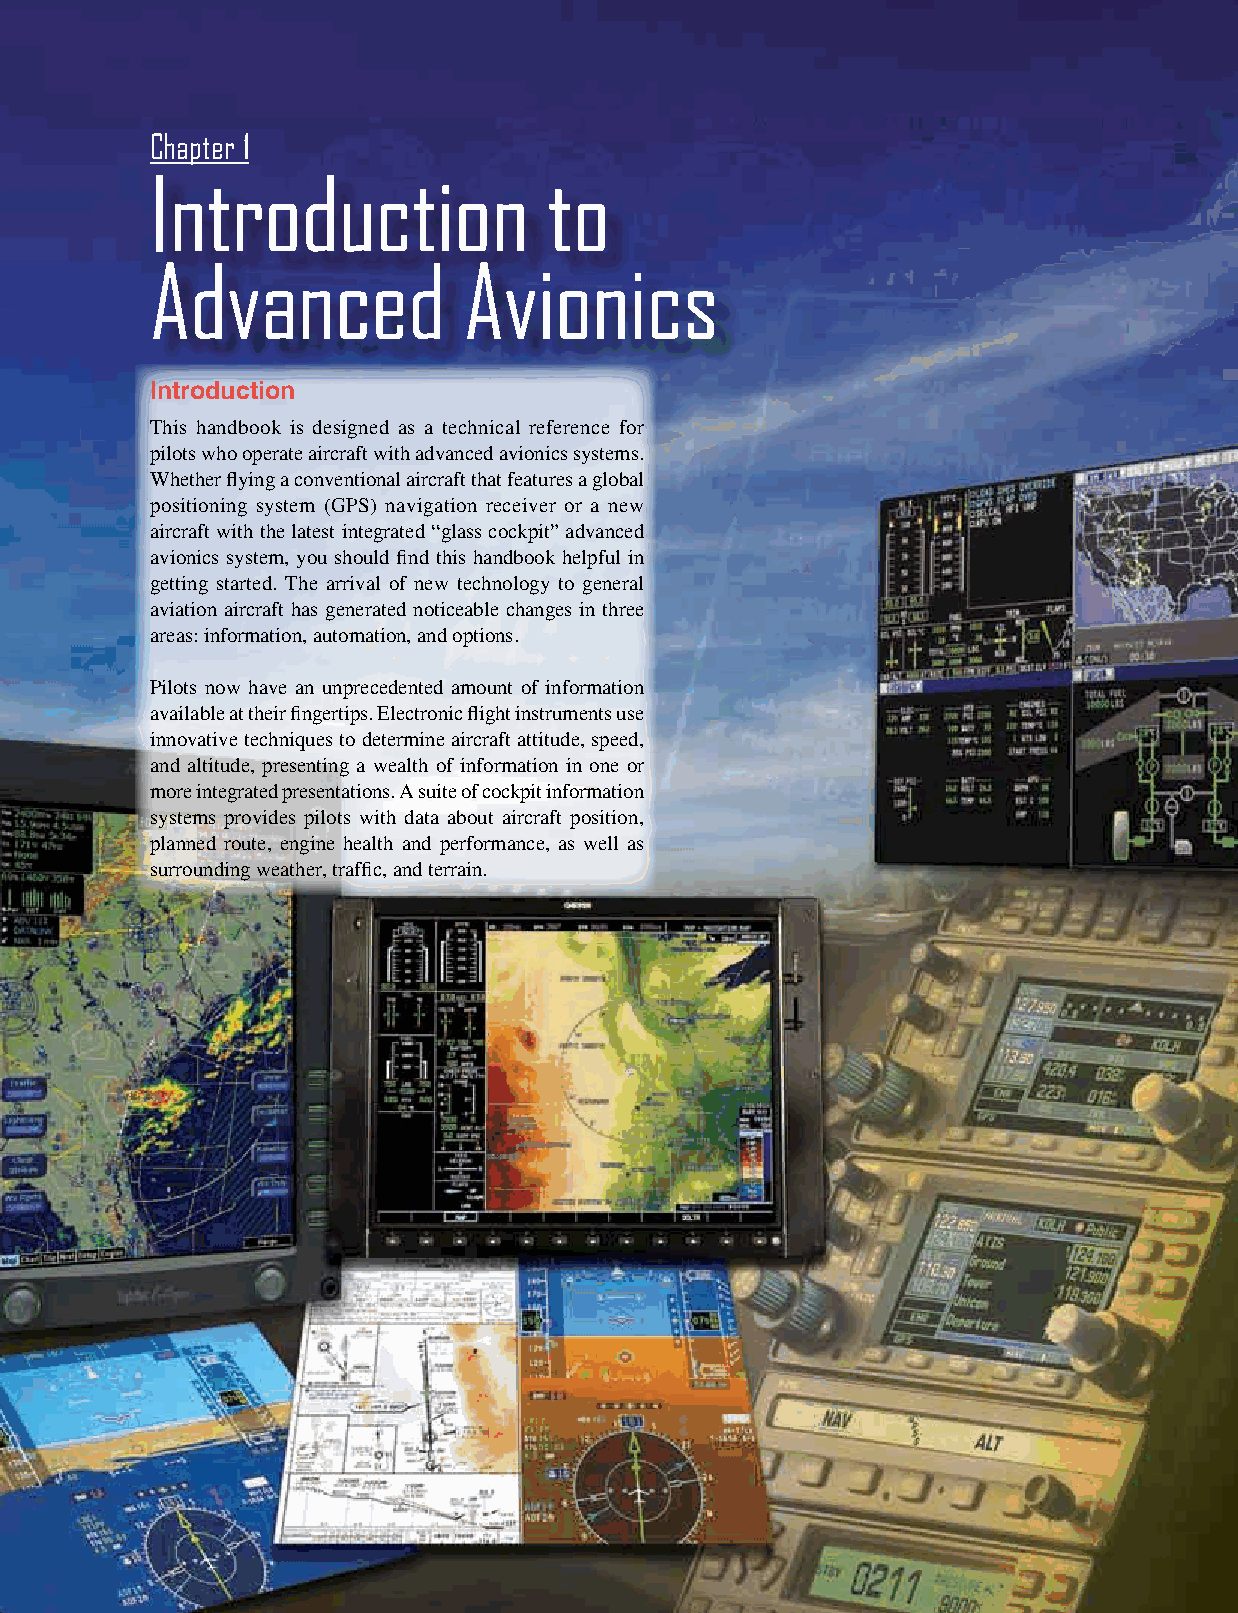
Chapter 1
 Introduction              to
 Advanced             Avionics
 Introduction
 This handbook is designed as a technical reference for
 pilots who operate aircraft with advanced avionics systems.
 Whether flying a conventional aircraft that features a global
 positioning system (GPS) navigation receiver or a new
 aircraft with the latest integrated “glass cockpit” advanced
 avionics system, you should find this handbook helpful in
 getting started. The arrival of new technology to general
 aviation aircraft has generated noticeable changes in three
 areas: information, automation, and options.
 Pilots now have an unprecedented amount of information
 available at their fingertips. Electronic flight instruments use
 innovative techniques to determine aircraft attitude, speed,
 and altitude, presenting a wealth of information in one or
 more integrated presentations. A suite of cockpit information
 systems provides pilots with data about aircraft position,
 planned route, engine health and performance, as well as
 surrounding weather, traffic, and terrain.
 1-1